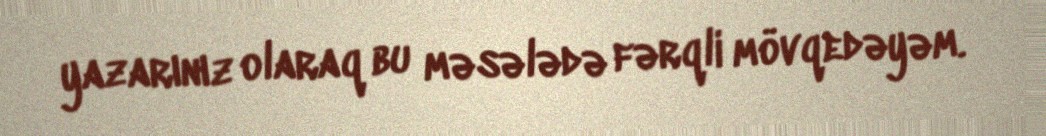
yazarınız olaraq bu məsələdə fərqli mövqedəyəm.